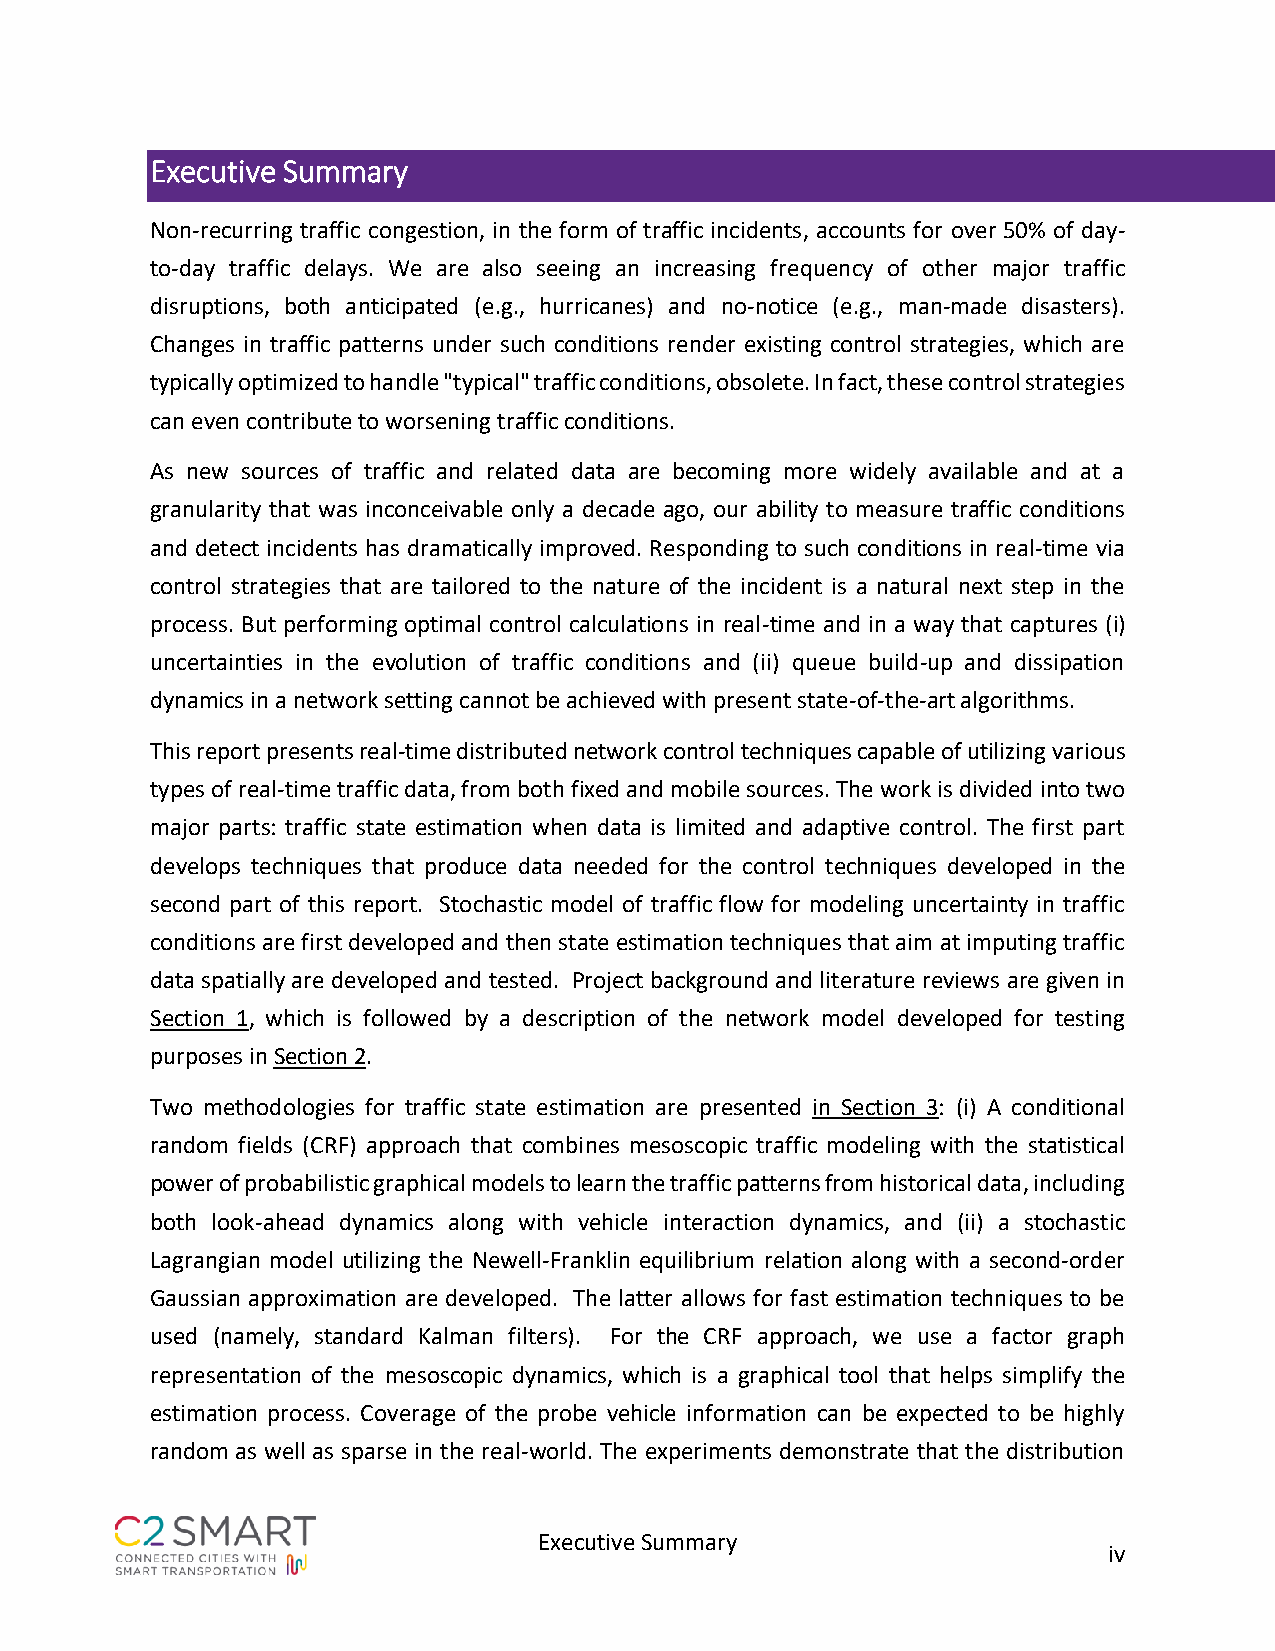
Executive Summary
 Non-recurring traffic congestion, in the form of traffic incidents, accounts for over 50% of day-
 to-day traffic delays. We are also seeing an increasing frequency of other major traffic
 disruptions, both anticipated (e.g., hurricanes) and no-notice (e.g., man-made disasters).
 Changes in traffic patterns under such conditions render existing control strategies, which are
 typically optimized to handle "typical" traffic conditions, obsolete. In fact, these control strategies
 can even contribute to worsening traffic conditions.
 As new sources of traffic and related data are becoming more widely available and at a
 granularity that was inconceivable only a decade ago, our ability to measure traffic conditions
 and detect incidents has dramatically improved. Responding to such conditions in real-time via
 control strategies that are tailored to the nature of the incident is a natural next step in the
 process. But performing optimal control calculations in real-time and in a way that captures (i)
 uncertainties in the evolution of traffic conditions and (ii) queue build-up and dissipation
 dynamics in a network setting cannot be achieved with present state-of-the-art algorithms.
 This report presents real-time distributed network control techniques capable of utilizing various
 types of real-time traffic data, from both fixed and mobile sources. The work is divided into two
 major parts: traffic state estimation when data is limited and adaptive control. The first part
 develops techniques that produce data needed for the control techniques developed in the
 second part of this report. Stochastic model of traffic flow for modeling uncertainty in traffic
 conditions are first developed and then state estimation techniques that aim at imputing traffic
 data spatially are developed and tested. Project background and literature reviews are given in
 Section 1, which is followed by a description of the network model developed for testing
 purposes in Section 2.
 Two methodologies for traffic state estimation are presented in Section 3: (i) A conditional
 random fields (CRF) approach that combines mesoscopic traffic modeling with the statistical
 power of probabilistic graphical models to learn the traffic patterns from historical data, including
 both look-ahead dynamics along with vehicle interaction dynamics, and (ii) a stochastic
 Lagrangian model utilizing the Newell-Franklin equilibrium relation along with a second-order
 Gaussian approximation are developed. The latter allows for fast estimation techniques to be
 used (namely, standard Kalman filters). For the CRF approach, we use a factor graph
 representation of the mesoscopic dynamics, which is a graphical tool that helps simplify the
 estimation process. Coverage of the probe vehicle information can be expected to be highly
 random as well as sparse in the real-world. The experiments demonstrate that the distribution
 Executive Summary
 iv